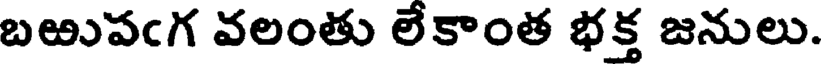
బఱుపఁగ వలంతు లేకాంత భక్త జనులు.